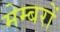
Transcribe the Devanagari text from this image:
मेम्बरों